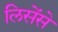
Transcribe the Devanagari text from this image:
लिसेंसे